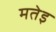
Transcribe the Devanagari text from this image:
मतेइ